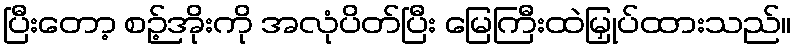
ပြီးတော့ စဉ့်အိုးကို အလုံပိတ်ပြီး မြေကြီးထဲမြှုပ်ထားသည်။